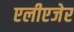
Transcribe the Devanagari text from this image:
एलीएजेर